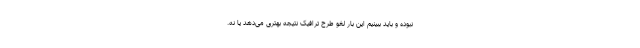
نبوده و باید ببینیم این بار لغو طرح ترافیک نتیجه بهتری می‌دهد یا نه.